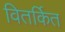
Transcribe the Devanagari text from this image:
वितर्कित